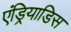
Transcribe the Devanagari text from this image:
एंड्रियाडिस